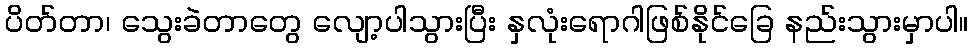
ပိတ်တာ၊ သွေးခဲတာတွေ လျော့ပါသွားပြီး နှလုံးရောဂါဖြစ်နိုင်ခြေ နည်းသွားမှာပါ။